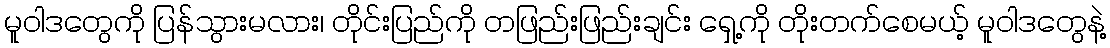
မူဝါဒတွေကို ပြန်သွားမလား၊ တိုင်းပြည်ကို တဖြည်းဖြည်းချင်း ရှေ့ကို တိုးတက်စေမယ့် မူဝါဒတွေနဲ့